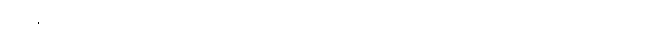
ညနေပိုင်းတွင် မိတ်ဆွေတယောက်က ကျွေးလိုက်သဖြင့် ညစာ စားခဲ့ပြီးကြောင်းဖြင့် အဂ္ဂနိစ်ကို